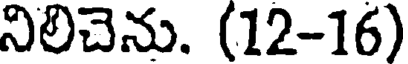
నిలిచెను. (12-16)